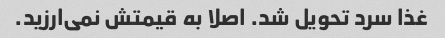
غذا سرد تحویل شد. اصلا به قیمتش نمی‌ارزید.